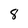
Character: 8